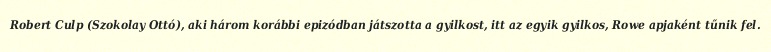
Robert Culp (Szokolay Ottó), aki három korábbi epizódban játszotta a gyilkost, itt az egyik gyilkos, Rowe apjaként tűnik fel.